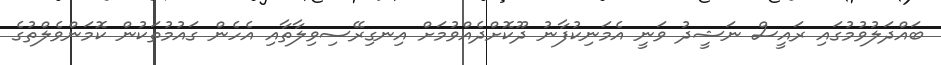
ބައްދަލުވުމުގައި ރައީސް ނަޝީދު ވަނީ އެމަނިކުފާނު ދޫކޮށްދެއްވުމަށް އިނގިރޭސިވިލާތާއި އެހެން ގައުމުތަކުން ކޮމަންވެލްތުގެ